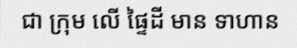
ជា ក្រុម លើ ផ្ទៃដី មាន ទាហាន